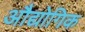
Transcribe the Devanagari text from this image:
अौद्योगिक